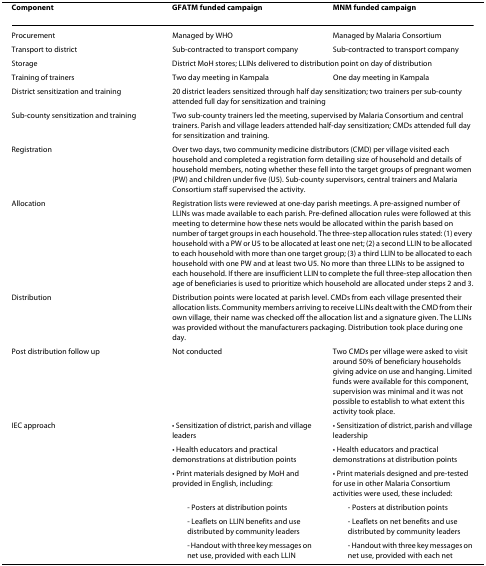
<table><thead><tr><td><b>Component</b></td><td><b>GFATM funded campaign</b></td><td><b>MNM funded campaign</b></td></tr></thead><tbody><tr><td>Procurement</td><td>Managed by WHO</td><td>Managed by Malaria Consortium</td></tr><tr><td>Transport to district</td><td>Sub-contracted to transport company</td><td>Sub-contracted to transport company</td></tr><tr><td>Storage</td><td colspan="2">District MoH stores; LLINs delivered to distribution point on day of distribution</td></tr><tr><td>Training of trainers</td><td>Two day meeting in Kampala</td><td>One day meeting in Kampala</td></tr><tr><td>District sensitization and training</td><td colspan="2">20 district leaders sensitized through half day sensitization; two trainers per sub-county attended full day for sensitization and training</td></tr><tr><td>Sub-county sensitization and training</td><td colspan="2">Two sub-county trainers led the meeting, supervised by Malaria Consortium and central trainers. Parish and village leaders attended half-day sensitization; CMDs attended full day for sensitization and training.</td></tr><tr><td>Registration</td><td colspan="2">Over two days, two community medicine distributors (CMD) per village visited each household and completed a registration form detailing size of household and details of household members, noting whether these fell into the target groups of pregnant women (PW) and children under five (U5). Sub-county supervisors, central trainers and Malaria Consortium staff supervised the activity.</td></tr><tr><td>Allocation</td><td colspan="2">Registration lists were reviewed at one-day parish meetings. A pre-assigned number of LLINs was made available to each parish. Pre-defined allocation rules were followed at this meeting to determine how these nets would be allocated within the parish based on number of target groups in each household. The three-step allocation rules stated: (1) every household with a PW or U5 to be allocated at least one net; (2) a second LLIN to be allocated to each household with more than one target group; (3) a third LLIN to be allocated to each household with one PW and at least two U5. No more than three LLINs to be assigned to each household. If there are insufficient LLIN to complete the full three-step allocation then age of beneficiaries is used to prioritize which household are allocated under steps 2 and 3.</td></tr><tr><td>Distribution</td><td colspan="2">Distribution points were located at parish level. CMDs from each village presented their allocation lists. Community members arriving to receive LLINs dealt with the CMD from their own village, their name was checked off the allocation list and a signature given. The LLINs was provided without the manufacturers packaging. Distribution took place during one day.</td></tr><tr><td>Post distribution follow up</td><td>Not conducted</td><td>Two CMDs per village were asked to visit around 50% of beneficiary households giving advice on use and hanging. Limited funds were available for this component, supervision was minimal and it was not possible to establish to what extent this activity took place.</td></tr><tr><td>IEC approach</td><td>• Sensitization of district, parish and village leaders</td><td>• Sensitization of district, parish and village leadership</td></tr><tr><td></td><td>• Health educators and practical demonstrations at distribution points</td><td>• Health educators and practical demonstrations at distribution points</td></tr><tr><td></td><td>• Print materials designed by MoH and provided in English, including:</td><td>• Print materials designed and pre-tested for use in other Malaria Consortium activities were used, these included:</td></tr><tr><td></td><td> - Posters at distribution points</td><td> - Posters at distribution points</td></tr><tr><td></td><td> - Leaflets on LLIN benefits and use distributed by community leaders</td><td> - Leaflets on net benefits and use distributed by community leaders</td></tr><tr><td></td><td> - Handout with three key messages on net use, provided with each LLIN</td><td> - Handout with three key messages on net use, provided with each net</td></tr></tbody></table>